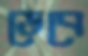
ডেবে